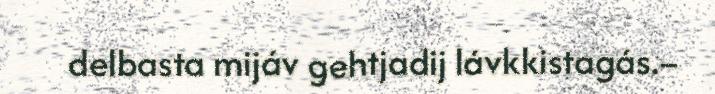
delbasta mijáv gehtjadij lávkkistagás.–